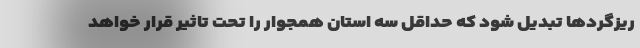
ریزگردها تبدیل شود که حداقل سه استان همجوار را تحت تاثیر قرار خواهد